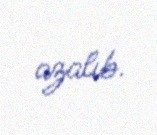
azalıb.